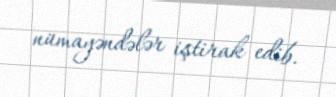
nümayəndələr iştirak edib.